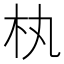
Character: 𣏒